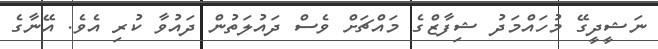
ނަޝީދީގޭ މުހައްމަދު ޝިފާޒްގެ މައްޗަށް ވެސް ދައުލަތުން ދައުވާ ކުރި އެވެ. އޭނާގެ